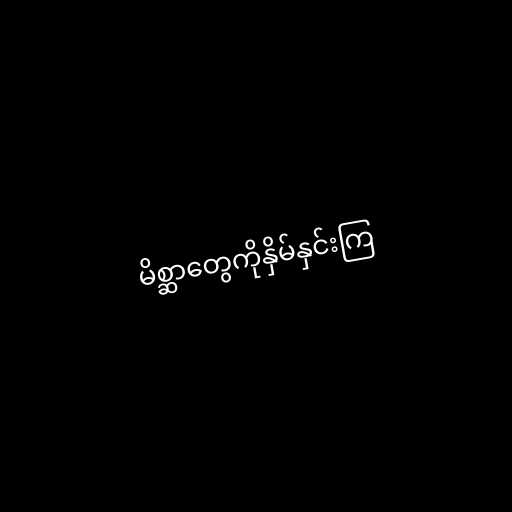
မိစ္ဆာတွေကိုနှိမ်နှင်းကြ